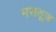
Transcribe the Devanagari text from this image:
मसतूज